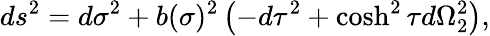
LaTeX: ds^{2}=d\sigma^{2}+b(\sigma)^{2}\left(-d\tau^{2}+\cosh^{2}\tau d\Omega_{2}^{2}\right),